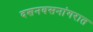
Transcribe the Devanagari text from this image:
दशनवसनांगरात